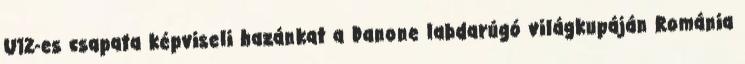
U12-es csapata képviseli hazánkat a Danone labdarúgó világkupáján Románia